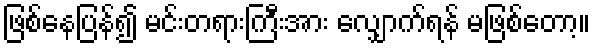
ဖြစ်နေပြန်၍ မင်းတရားကြီးအား လျှောက်ရန် မဖြစ်တော့။